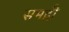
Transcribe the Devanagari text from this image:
समद्री